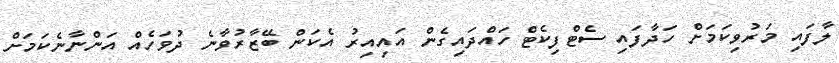
ލާފައި މަރުވިކަމަށް ހަދާފައި ސެޓްފިކެޓް ހައްދައިގެން އައިއިރު އެކަން ބޭޒާރުވާނެ ދުވަހެއް އަންނާނެކަމަށް